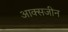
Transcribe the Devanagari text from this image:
आक्सजीन